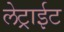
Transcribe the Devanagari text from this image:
लेट्राईट